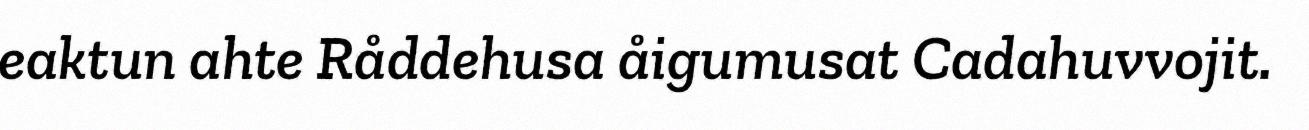
eaktun ahte Råddehusa åigumusat Cadahuvvojit.